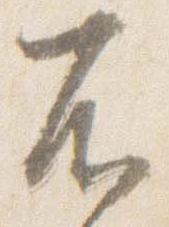
不